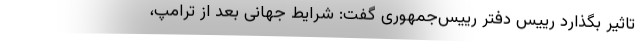
تاثیر بگذارد رییس دفتر رییس‌جمهوری گفت: شرایط جهانی بعد از ترامپ،